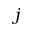
j